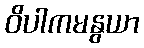
ဝိပါကမနွယာ